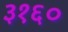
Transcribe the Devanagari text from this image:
३१६०